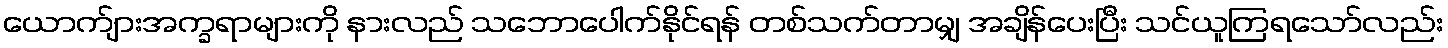
ယောက်ျားအက္ခရာများကို နားလည် သဘောပေါက်နိုင်ရန် တစ်သက်တာမျှ အချိန်ပေးပြီး သင်ယူကြရသော်လည်း